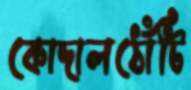
কোদালঠোঁটি